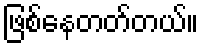
ဖြစ်နေတတ်တယ်။